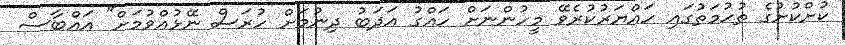
ކުށްކުށުގެ ތުހުމަތުގައި ހައްޔަރުކުރެވޭ މީހުންނަށް ހައްގު އަދަބު ދިނުމަށް ހުރަސް ނޭޅުއްވުމަށް" އައްބާސް